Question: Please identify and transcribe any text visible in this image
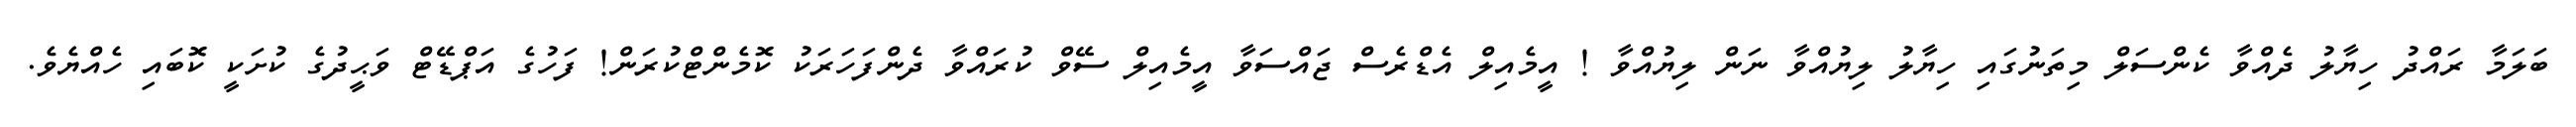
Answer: ބަލަމާ ރައްދު ހިޔާލު ދެއްވާ ކެންސަލް މިތަނުގައި ހިޔާލު ލިޔުއްވާ ނަން ލިޔުއްވާ ! އީމެއިލް އެޑްރެސް ޖައްސަވާ އީމެއިލް ސޭވް ކުރައްވާ ދެންފަހަރަކު ކޮމެންޓްކުރަން! ފަހުގެ އަޕްޑޭޓް ވަޙީދުގެ ކުށަކީ ކޮބައި ހެއްޔެވެ.